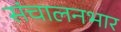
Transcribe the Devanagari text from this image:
संचालनभार